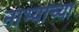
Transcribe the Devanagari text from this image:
नाभ्यांच्या